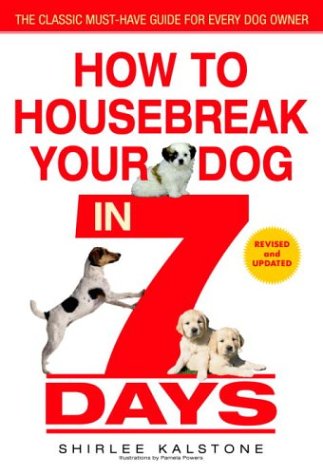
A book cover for How to Housebreak Your Dog in 7 Days (Revised); Shirlee Kalstone; Crafts, Hobbies & Home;